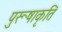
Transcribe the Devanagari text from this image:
पुरूषाकृति